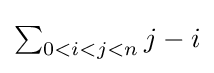
\textstyle \sum _{0<i<j<n}j-i